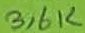
Text: 3,6K